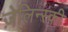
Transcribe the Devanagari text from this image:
ज़ेलिन्स्की